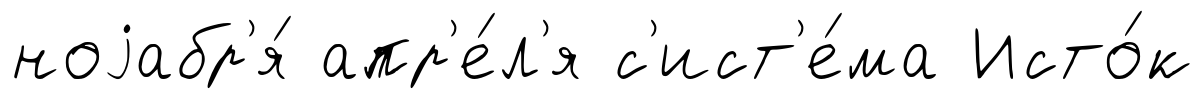
ноjабр'я́ апр'е́л'я с'ист'е́ма Исто́к